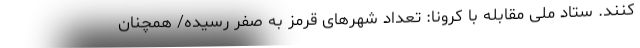
کنند. ستاد ملی مقابله با کرونا: تعداد شهرهای قرمز به صفر رسیده/ همچنان